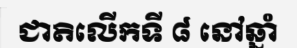
ជាតិលើកទី ៨ នៅឆ្នាំ